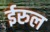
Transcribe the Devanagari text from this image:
ईरुल